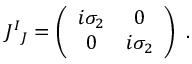
{ \cal J } _ { ~ J } ^ { I } = \left( \begin{array} { c c } { { i \sigma _ { 2 } } } & { { 0 } } \\ { { 0 } } & { { i \sigma _ { 2 } } } \end{array} \right) \ .